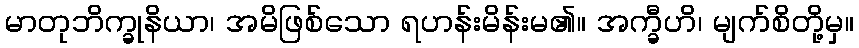
မာတုဘိက္ခုနိယာ၊ အမိဖြစ်သော ရဟန်းမိန်းမ၏။ အက္ခီဟိ၊ မျက်စိတို့မှ။